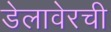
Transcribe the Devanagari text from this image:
डेलावेरची